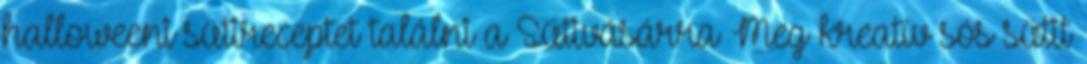
halloweeni sütireceptet találni a Sütivásárra Meg kreatív sós sütit